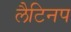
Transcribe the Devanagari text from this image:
लैटिनप